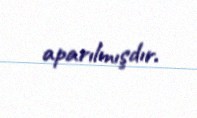
aparılmışdır.